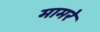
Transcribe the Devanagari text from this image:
मामरे